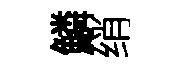
鱗绡